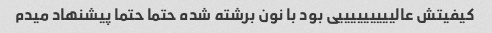
کیفیتش عالیییییییییی بود با نون برشته شده حتما حتما پیشنهاد میدم